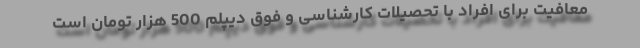
معافیت برای افراد با تحصیلات کارشناسی و فوق دیپلم 500 هزار تومان است